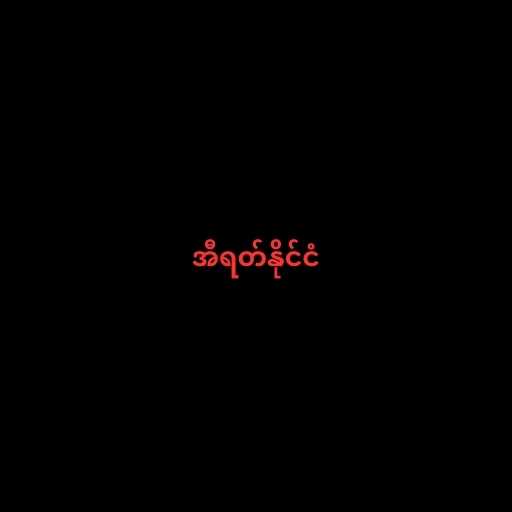
အီရတ်နိုင်ငံ